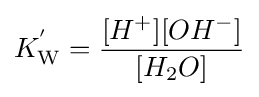
K_{\mathrm {W} }^{'}={\frac {[H^{+}][OH^{-}]}{[H_{2}O]}}